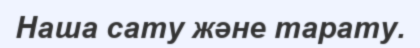
Наша сату және тарату.